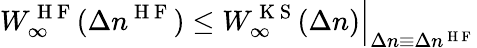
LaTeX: W_{\infty}^{\mathrm{~H~F~}}(\Delta n^{\mathrm{~H~F~}})\leq W_{\infty}^{\mathrm{~K~S~}}(\Delta n)\Big|_{\Delta n\equiv\Delta n^{\mathrm{~H~F~}}}